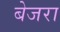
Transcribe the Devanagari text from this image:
बेजरा